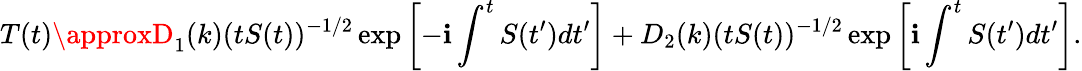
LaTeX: T(t)\approxD_{1}(k)(tS(t))^{-1/2}\exp\left[-\mathbf{i}\int^{t}S(t^{\prime})dt^{\prime}\right]+D_{2}(k)(tS(t))^{-1/2}\exp\left[\mathbf{i}\int^{t}S(t^{\prime})dt^{\prime}\right].